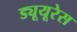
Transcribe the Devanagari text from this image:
ड्यूयूरेस